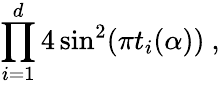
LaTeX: \prod_{i=1}^{d}4\sin^{2}(\pi t_{i}(\alpha))~,